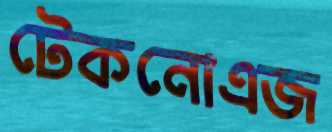
টেকনোএজ